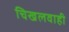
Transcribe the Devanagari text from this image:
चिखलवाही